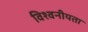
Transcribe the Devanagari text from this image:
विश्वनीयता